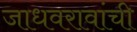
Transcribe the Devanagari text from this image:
जाधवरावांची